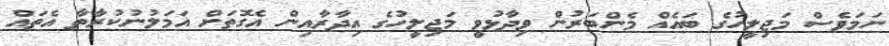
ނަމަވެސް މަޖިލީހުގެ ބައެއް މެންބަރުން ވިދާޅުވީ މަޖިލީހުގެ އިދާރާއިން އެގޮތަށް އަމަލުނުކުރާތާ އެތައް